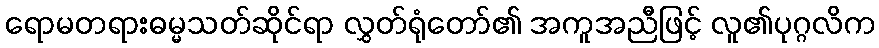
ရောမတရားဓမ္မသတ်ဆိုင်ရာ လွှတ်ရုံတော်၏ အကူအညီဖြင့် လူ၏ပုဂ္ဂလိက